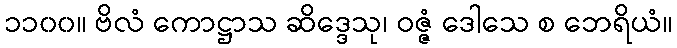
၁၁၀၀။ ဗိလံ ကောဋ္ဌာသ ဆိဒ္ဒေသု၊ ဝဇ္ဇံ ဒေါသေ စ ဘေရိယံ။